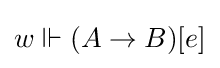
w\Vdash (A\to B)[e]